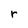
Character: r